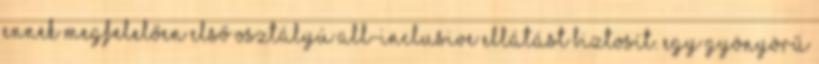
ennek megfelelően első osztályú all-inclusive ellátást biztosít. Egy gyönyörű